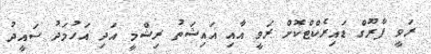
ރަވީ ފާރޫގް ޑައިރެކްޓްކޮށް ރަވީ އާއި އައިޝަތު ރިޝްމީ އަދި އަހުމަދު ސައީދު